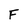
Character: F